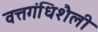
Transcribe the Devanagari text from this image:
वत्तगंधिशैली